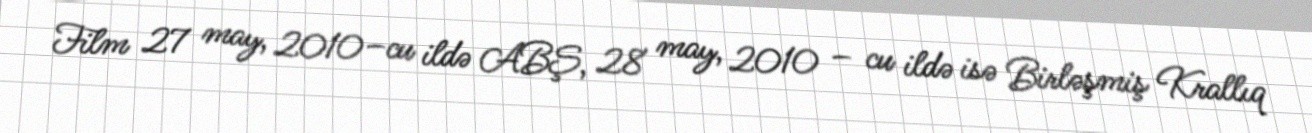
Film 27 may, 2010–cu ildə ABŞ, 28 may, 2010 – cu ildə isə Birləşmiş Krallıq